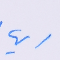
ايها